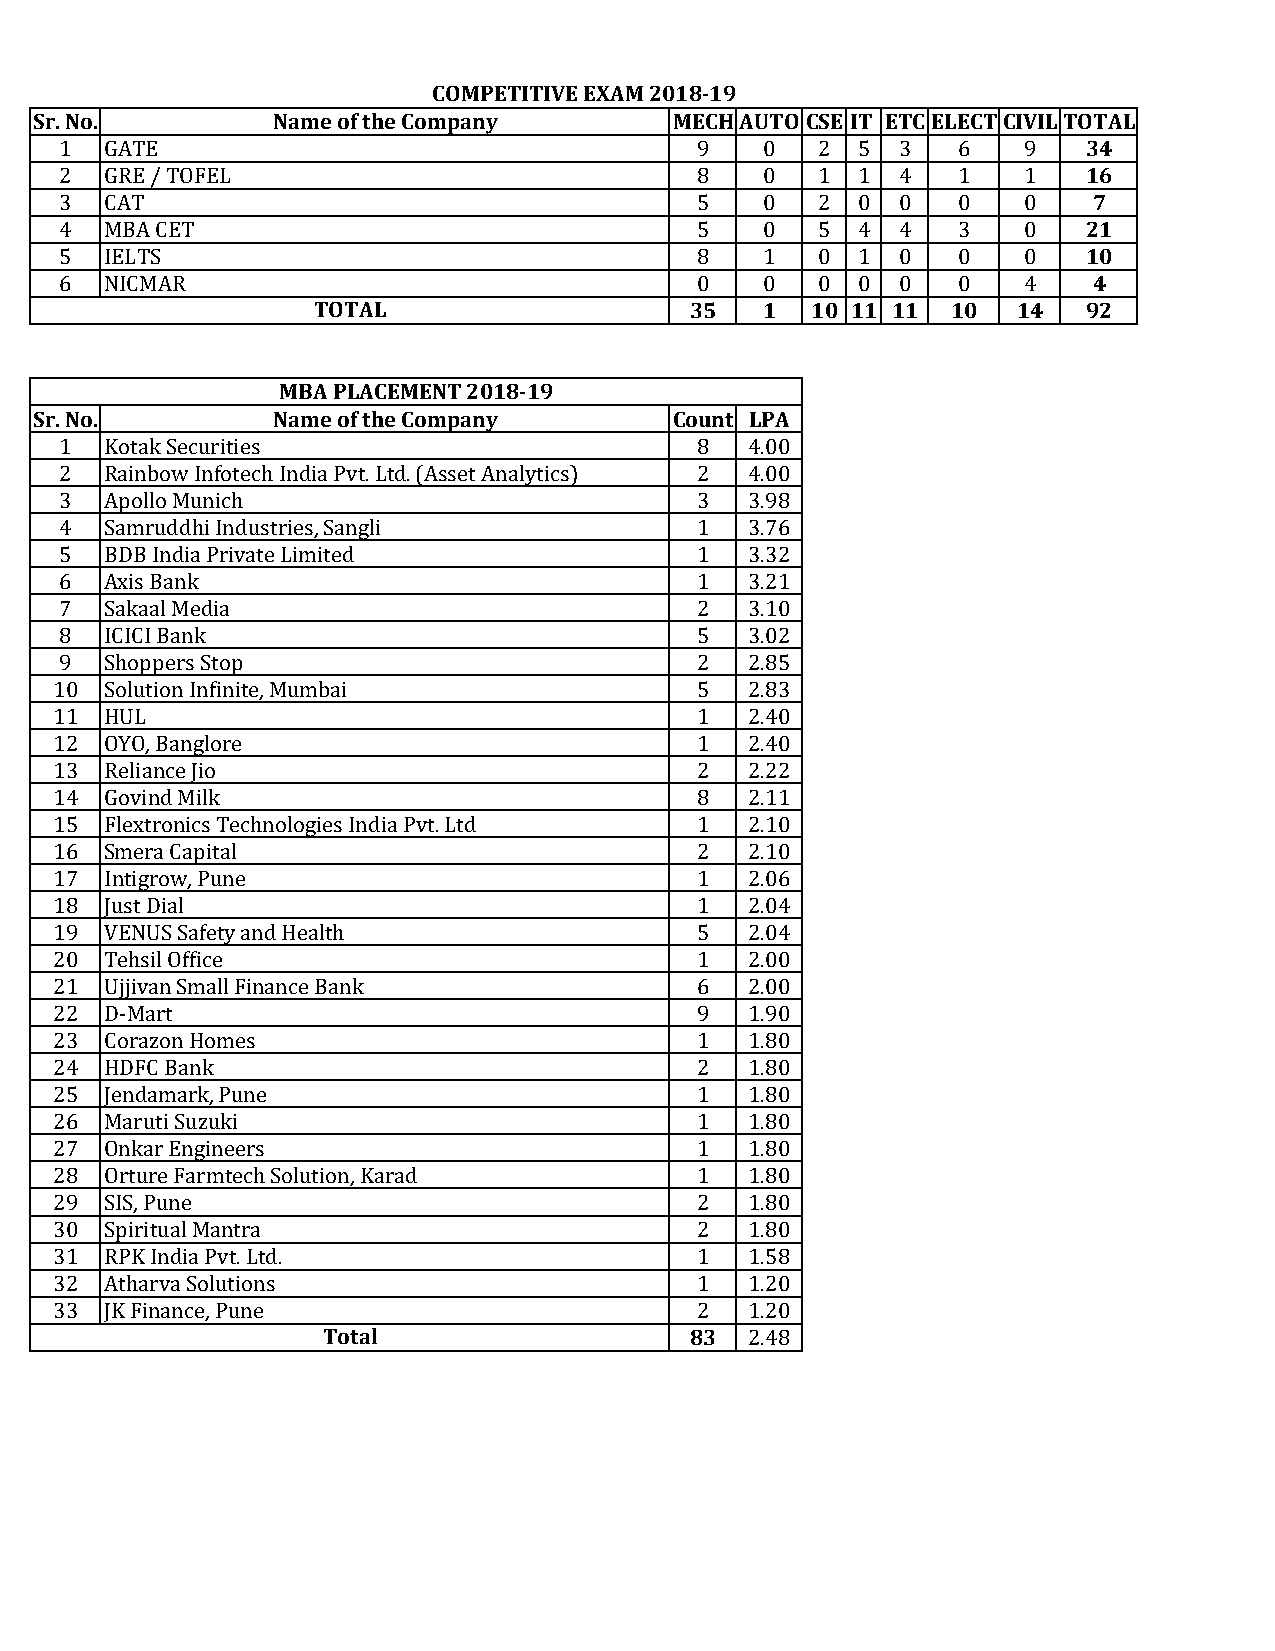
COMPETITIVE EXAM 2018-19
 Sr. No.         Name of the Company        MECHAUTO CSE IT ETCELECTCIVILTOTAL
 1  GATE                                   9    0  2  5 3   6    9   34
 2  GRE / TOFEL                            8    0  1  1 4   1    1   16
 3  CAT                                    5    0  2  0 0   0    0   7
 4  MBA CET                                5    0  5  4 4   3    0   21
 5  IELTS                                  8    1  0  1 0   0    0   10
 6  NICMAR                                 0    0  0  0 0   0    4   4
 TOTAL                    35   1  10 11 11 10  14   92
 MBA PLACEMENT 2018-19
 Sr. No.         Name of the Company        Count LPA
 1  Kotak Securities                       8   4.00
 2  Rainbow Infotech India Pvt. Ltd. (Asset Analytics) 2 4.00
 3  Apollo Munich                          3   3.98
 4  Samruddhi Industries, Sangli           1   3.76
 5  BDB India Private Limited              1   3.32
 6  Axis Bank                              1   3.21
 7  Sakaal Media                           2   3.10
 8  ICICI Bank                             5   3.02
 9  Shoppers Stop                          2   2.85
 10 Solution Infinite, Mumbai              5   2.83
 11 HUL                                    1   2.40
 12 OYO, Banglore                          1   2.40
 13 Reliance Jio                           2   2.22
 14 Govind Milk                            8   2.11
 15 Flextronics Technologies India Pvt. Ltd 1  2.10
 16 Smera Capital                          2   2.10
 17 Intigrow, Pune                         1   2.06
 18 Just Dial                              1   2.04
 19 VENUS Safety and Health                5   2.04
 20 Tehsil Office                          1   2.00
 21 Ujjivan Small Finance Bank             6   2.00
 22 D-Mart                                 9   1.90
 23 Corazon Homes                          1   1.80
 24 HDFC Bank                              2   1.80
 25 Jendamark, Pune                        1   1.80
 26 Maruti Suzuki                          1   1.80
 27 Onkar Engineers                        1   1.80
 28 Orture Farmtech Solution, Karad        1   1.80
 29 SIS, Pune                              2   1.80
 30 Spiritual Mantra                       2   1.80
 31 RPK India Pvt. Ltd.                    1   1.58
 32 Atharva Solutions                      1   1.20
 33 JK Finance, Pune                       2   1.20
 Total                    83  2.48